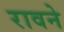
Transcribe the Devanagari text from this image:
रावने